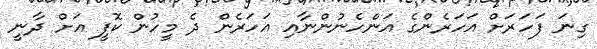
ގިނަ ފަހަރަށް އަހަރެންގެ އަންހެނުންނާއި އަހަރެން ދެ މީހުން ކޮފީ އަށް ދާނީ